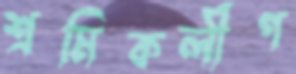
শ্রমিকলীগ